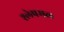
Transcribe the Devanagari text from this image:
श्लेषमल